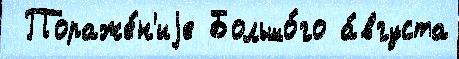
 Пораже́н'иjе Большо́го а́вгуста